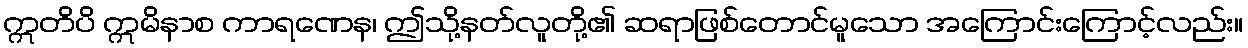
ဣတိပိ ဣမိနာစ ကာရဏေန၊ ဤသို့နတ်လူတို့၏ ဆရာဖြစ်တောင်မူသော အကြောင်းကြောင့်လည်း။